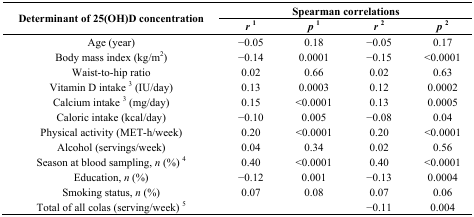
<table><thead><tr><td rowspan="2"><b>Determinant of 25(OH)D concentration</b></td><td colspan="4"><b>Spearman correlations</b></td></tr><tr><td><b><i>r</i><sup>1</sup></b></td><td><b><i>p</i><sup>1</sup></b></td><td><b><i>r</i><sup>2</sup></b></td><td><b><i>p</i><sup>2</sup></b></td></tr></thead><tbody><tr><td>Age (year)</td><td>−0.05</td><td>0.18</td><td>−0.05</td><td>0.17</td></tr><tr><td>Body mass index (kg/m<sup>2</sup>)</td><td>−0.14</td><td>0.0001</td><td>−0.15</td><td>&lt;0.0001</td></tr><tr><td>Waist-to-hip ratio</td><td>0.02</td><td>0.66</td><td>0.02</td><td>0.63</td></tr><tr><td>Vitamin D intake <sup>3</sup> (IU/day)</td><td>0.13</td><td>0.0003</td><td>0.12</td><td>0.0002</td></tr><tr><td>Calcium intake <sup>3</sup> (mg/day)</td><td>0.15</td><td>&lt;0.0001</td><td>0.13</td><td>0.0005</td></tr><tr><td>Caloric intake (kcal/day)</td><td>−0.10</td><td>0.005</td><td>−0.08</td><td>0.04</td></tr><tr><td>Physical activity (MET-h/week)</td><td>0.20</td><td>&lt;0.0001</td><td>0.20</td><td>&lt;0.0001</td></tr><tr><td>Alcohol (servings/week)</td><td>0.04</td><td>0.34</td><td>0.02</td><td>0.56</td></tr><tr><td>Season at blood sampling, <i>n</i> (%) <sup>4</sup></td><td>0.40</td><td>&lt;0.0001</td><td>0.40</td><td>&lt;0.0001</td></tr><tr><td>Education, <i>n</i> (%)</td><td>−0.12</td><td>0.001</td><td>−0.13</td><td>0.0004</td></tr><tr><td>Smoking status, <i>n</i> (%)</td><td>0.07</td><td>0.08</td><td>0.07</td><td>0.06</td></tr><tr><td>Total of all colas (serving/week) <sup>5</sup></td><td></td><td></td><td>−0.11</td><td>0.004</td></tr></tbody></table>